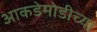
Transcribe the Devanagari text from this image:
आकडेमोडीच्या